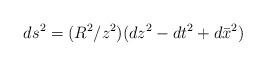
LaTeX: \begin{align*}ds^2=(R^2/z^2)(dz^2-dt^2+d\bar{x}^2)\end{align*}